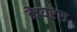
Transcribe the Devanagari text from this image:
केयरेस